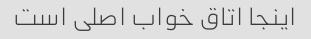
اینجا اتاق خواب اصلی است